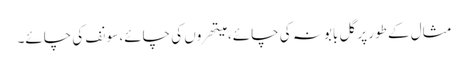
مثال کے طور پر گل بابونہ کی چائے، میتھروں کی چائے، سونف کی چائے۔